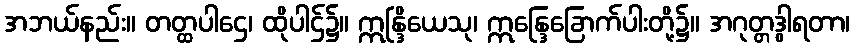
အဘယ်နည်း။ တတ္ထပါဌေ၊ ထိုပါဌ်၌။ ဣန္ဒြိယေသု၊ ဣန္ဒြေခြောက်ပါးတို့၌။ အဂုတ္တဒွါရတာ၊